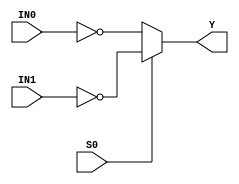
//------------------------------------------------------
// Copyright 1992, 1993 Cascade Design Automation Corporation.
//------------------------------------------------------
module mux2i(IN0,IN1,S0,Y);
  parameter N = 32;
  parameter DPFLAG = 1;
  parameter GROUP = "dpath1";
  parameter
        d_IN0 = 0,
        d_IN1 = 0,
        d_S0_r = 0,
        d_S0_f = 0,
        d_Y = 1;
  input [(N - 1):0] IN0;
  input [(N - 1):0] IN1;
  input  S0;
  output [(N - 1):0] Y;
  wire [(N - 1):0] IN0_temp;
  wire [(N - 1):0] IN1_temp;
  wire  S0_temp;
  reg [(N - 1):0] Y_temp;
  assign #(d_IN0) IN0_temp = IN0;
  assign #(d_IN1) IN1_temp = IN1;
  assign #(d_S0_r,d_S0_f) S0_temp = S0;
  assign #(d_Y) Y = Y_temp;
  always
    @(IN0_temp or IN1_temp or S0_temp)
      begin
      if((S0_temp == 1'b0))
        Y_temp = ( ~ IN0_temp);
      else      if((S0_temp == 1'b1))
        Y_temp = ( ~ IN1_temp);
      else
        Y_temp = 128'bx;
      end
endmodule